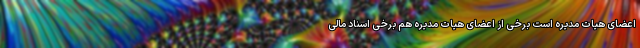
اعضای هیات مدیره است برخی از اعضای هیات مدیره هم برخی اسناد مالی